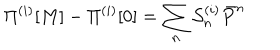
LaTeX: \Pi ^ { ( i ) } [ M ] - \Pi ^ { ( i ) } [ 0 ] = \sum _ { n } { \cal S } _ { n } ^ { ( i ) } \bar { P } ^ { n }